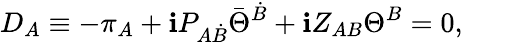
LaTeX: D_{A}\equiv-\pi_{A}+\mathbf{i}P_{A\dot{{B}}}\bar{{\Theta}}^{\dot{{B}}}+\mathbf{i}Z_{AB}\Theta^{B}=0,\qquad